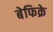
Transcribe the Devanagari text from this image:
बेफिक्रे